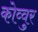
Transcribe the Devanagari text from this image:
कोव्वुर